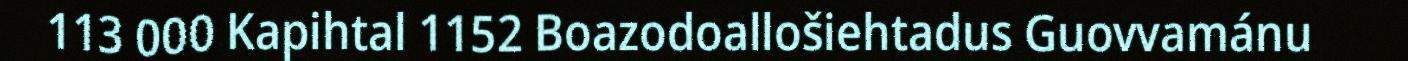
113 000 Kapihtal 1152 Boazodoallošiehtadus Guovvamánu